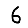
Digit: 6